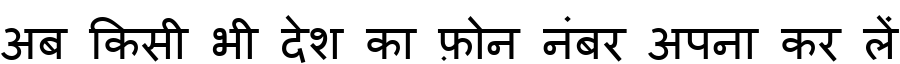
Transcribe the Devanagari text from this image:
अब किसी भी देश का फ़ोन नंबर अपना कर लें